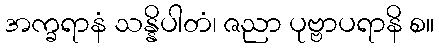
အက္ခရာနံ သန္နိပါတံ၊ ဇညာ ပုဗ္ဗာပရာနိ စ။